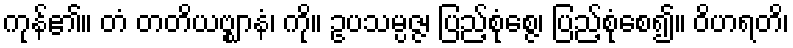
ကုန်၏။ တံ တတိယဗ္ဈာနံ၊ ကို။ ဥပသမ္ပဇ္ဇ၊ ပြည့်စုံစ္ဇေ၊ ပြည့်စုံစေ၍။ ဝိဟရတိ၊